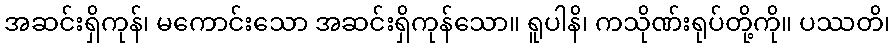
အဆင်းရှိကုန်၊ မကောင်းသော အဆင်းရှိကုန်သော။ ရူပါနိ၊ ကသိုဏ်းရုပ်တို့ကို။ ပဿတိ၊